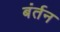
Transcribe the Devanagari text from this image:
बंर्तन